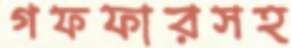
গফফারসহ